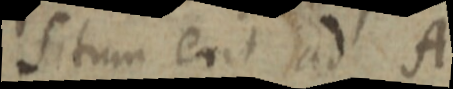
situm erit ad A